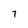
Character: 7